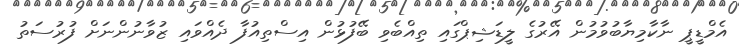
އެމްޑީޕީ ނާކާމިޔާބުވުމުން އޭރުގެ ލީޑަޝިޕްގައި ތިއްބެވި ބޭފުޅުން އިސްތިއުފާ ދެއްވައި ޒުވާނުންނަށް ފުރުސަތު